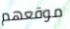
موقعهم